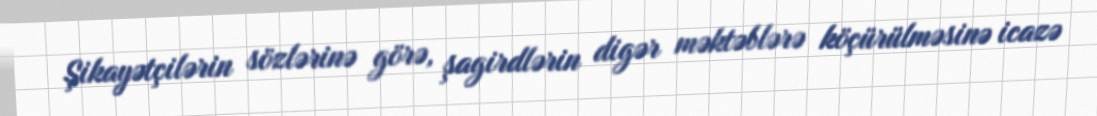
Şikayətçilərin sözlərinə görə, şagirdlərin digər məktəblərə köçürülməsinə icazə